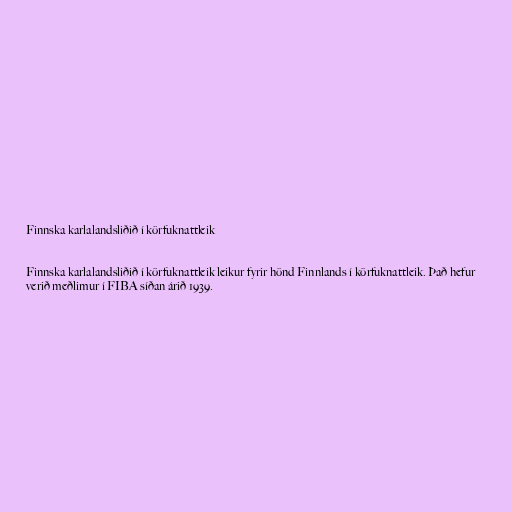
Finnska karlalandsliðið í körfuknattleik

Finnska karlalandsliðið í körfuknattleik leikur fyrir hönd Finnlands í körfuknattleik. Það hefur
verið meðlimur í FIBA síðan árið 1939.